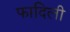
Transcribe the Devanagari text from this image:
फादिली